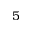
5